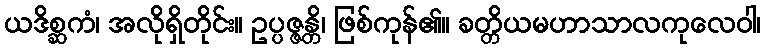
ယဒိစ္ဆကံ၊ အလိုရှိတိုင်း။ ဥပ္ပဇ္ဇန္တိ၊ ဖြစ်ကုန်၏။ ခတ္တိယမဟာသာလကုလေဝါ၊